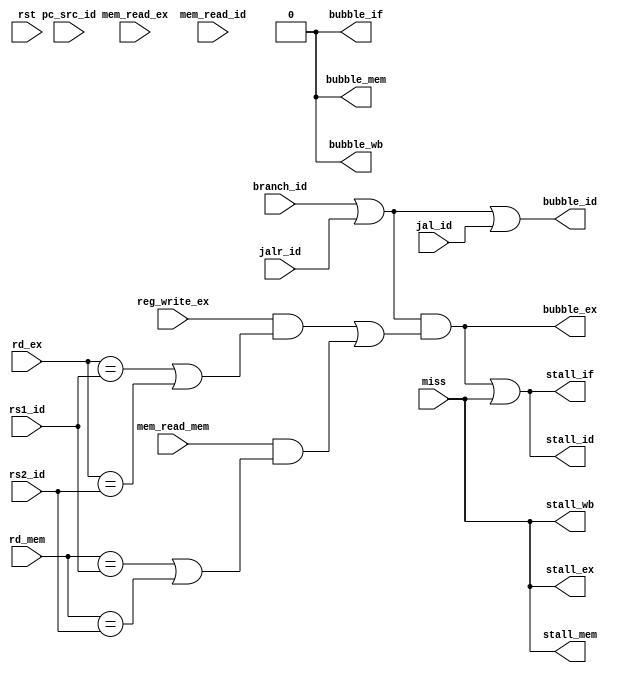
module Hazard_Detect_Unit(
    input rst,
    input pc_src_id,jal_id,jalr_id,branch_id,
    input [4:0] rs1_id,rs2_id,
    input [4:0] rd_mem, rd_ex,
    input mem_read_ex, mem_read_mem, reg_write_ex, mem_read_id,
	input miss,
	// input request_finish,
    output stall_if, bubble_if,
    output stall_id, bubble_id,
    output stall_ex, bubble_ex,
    output stall_mem, bubble_mem,
    output stall_wb, bubble_wb
);
	wire stall;
	wire bubble; 

    // assign stall = ((mem_read_ex&&((rd_ex == rs1_id )||(rd_ex == rs2_id)))//load_use stall
	// ||(branch_id&&((rd_mem == rs1_id )||(rd_mem == rs2_id)||(rd_ex == rs1_id )||(rd_ex == rs2_id)))//branch stall
	// ||(jalr_id&&((rd_mem == rs1_id )||(rd_ex == rs1_id))&&(rs1_id!=0)));//jalr stall

	//assign stall = (branch_id || jalr_id) && ((reg_write_ex&&((rd_ex == rs1_id )||(rd_ex == rs2_id)))||(mem_read_mem&&((rd_mem == rs1_id)||(rd_mem == rs2_id))));
	assign stall = (branch_id || jalr_id) && ((reg_write_ex&&((rd_ex == rs1_id )||(rd_ex == rs2_id)))||(mem_read_mem&&((rd_mem == rs1_id)||(rd_mem == rs2_id))));
	//||(mem_read_ex&&((rd_ex == rs1_id)||(rd_ex == rs2_id)))
	assign bubble = (branch_id || jalr_id || jal_id);
	
	assign stall_if = stall||miss;
	assign stall_id = stall||miss;//对if与id进行stall
	// assign stall_ex = 1'b0;
	// assign stall_mem = 1'b0;
	// assign stall_wb = 1'b0;
	assign stall_ex = miss;
	assign stall_mem = miss;
	assign stall_wb = miss;
	
	assign bubble_if = 1'b0;
	assign bubble_id = bubble;
	assign bubble_ex = stall;
	assign bubble_mem = 1'b0;
	assign bubble_wb = 1'b0;

endmodule